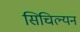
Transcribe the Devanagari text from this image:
सिचिल्यन